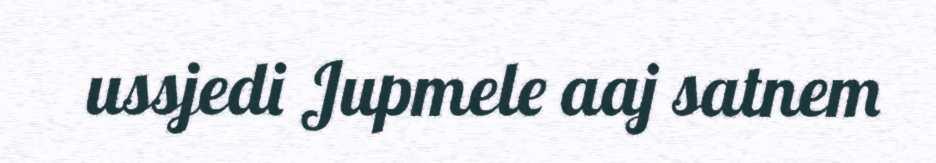
ussjedi Jupmele aaj satnem